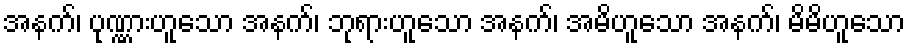
အနက်၊ ပုဏ္ဏားဟူသော အနက်၊ ဘုရားဟူသော အနက်၊ အမိဟူသော အနက်၊ မိမိဟူသော